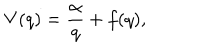
V ( q ) = \frac { \alpha } { q } + f ( q ) ,